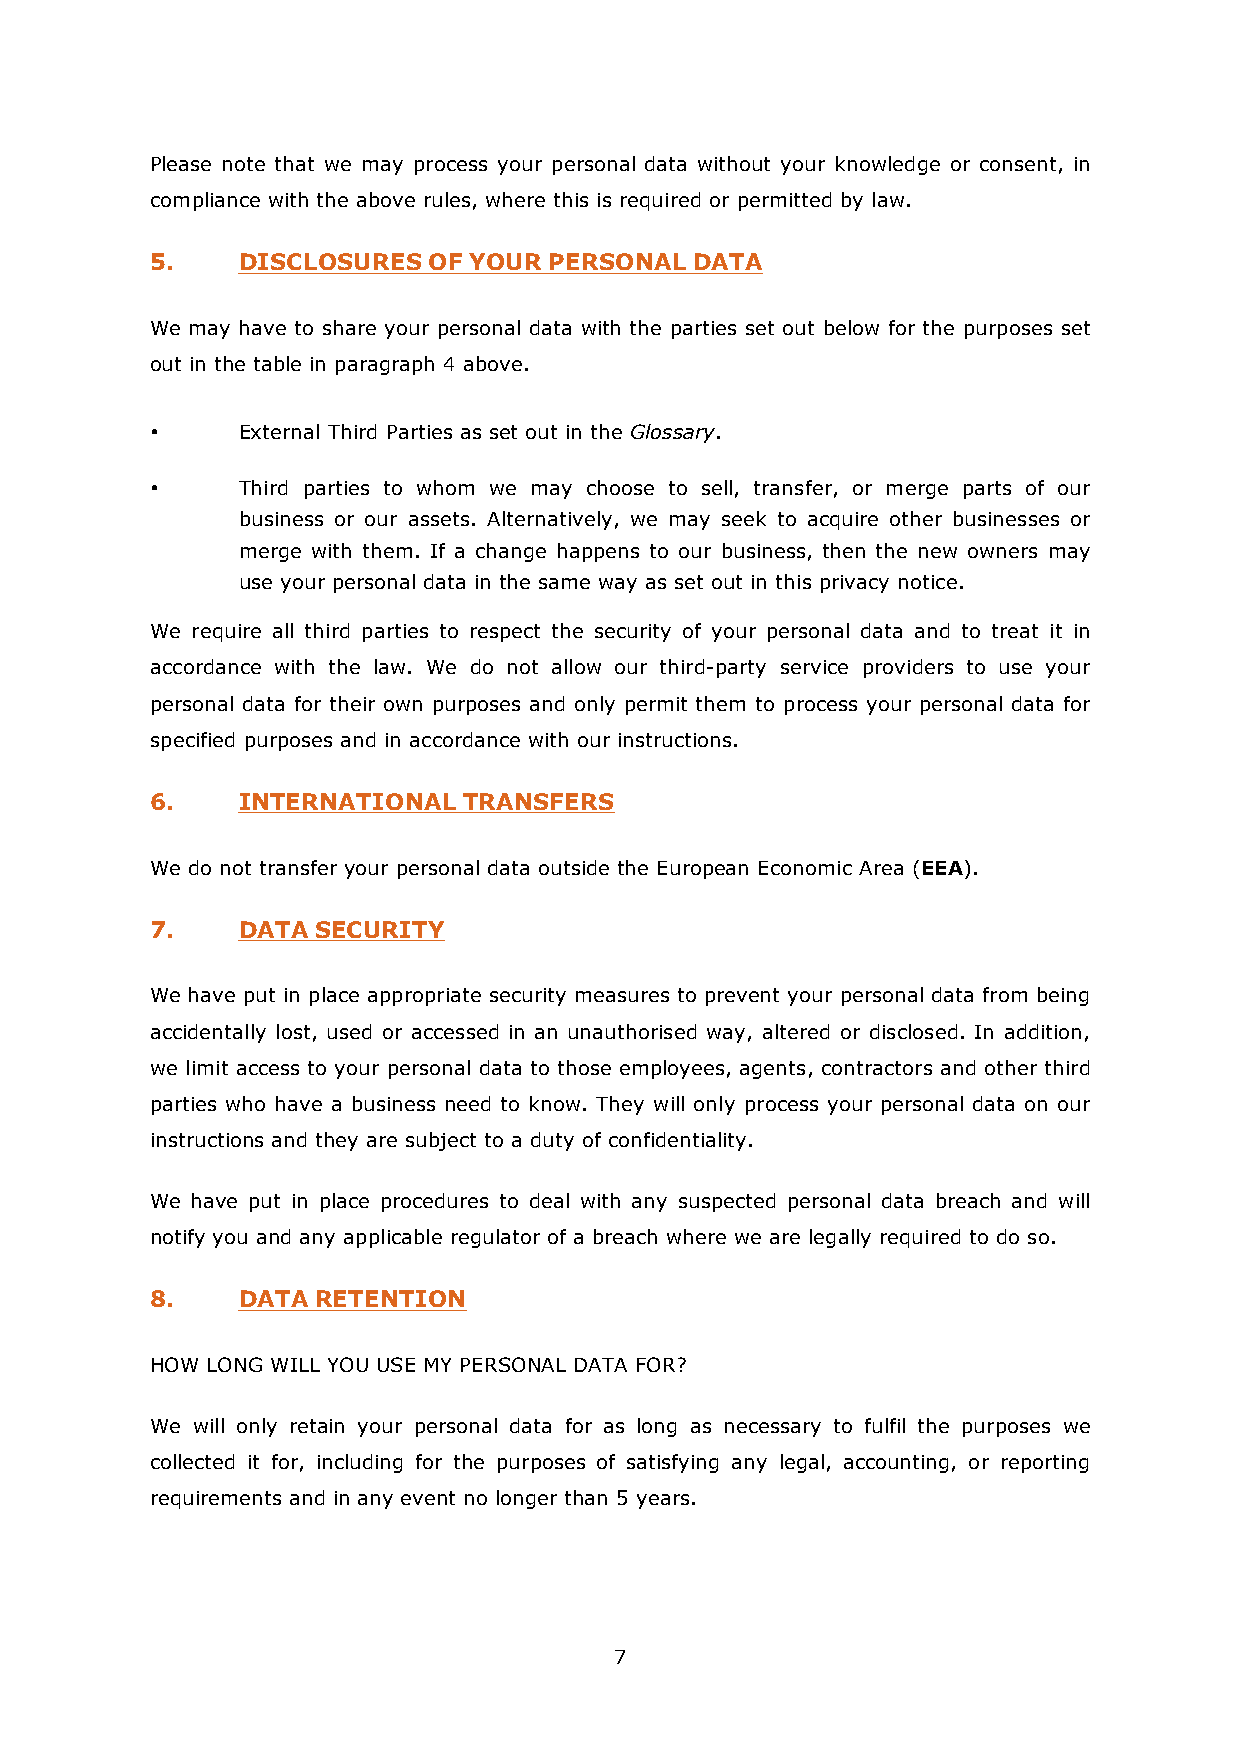
Please note that we may process your personal data without your knowledge or consent, in
 compliance with the above rules, where this is required or permitted by law.
 5.    DISCLOSURES OF YOUR PERSONAL  DATA
 We may have to share your personal data with the parties set out below for the purposes set
 out in the table in paragraph 4 above.
 •     External Third Parties as set out in the Glossary.
 •     Third parties to whom we may choose to sell, transfer, or merge parts of our
 business or our assets. Alternatively, we may seek to acquire other businesses or
 merge with them. If a change happens to our business, then the new owners may
 use your personal data in the same way as set out in this privacy notice.
 We require all third parties to respect the security of your personal data and to treat it in
 accordance with the law. We do not allow our third-party service providers to use your
 personal data for their own purposes and only permit them to process your personal data for
 specified purposes and in accordance with our instructions.
 6.    INTERNATIONAL  TRANSFERS
 We do not transfer your personal data outside the European Economic Area (EEA).
 7.    DATA SECURITY
 We have put in place appropriate security measures to prevent your personal data from being
 accidentally lost, used or accessed in an unauthorised way, altered or disclosed. In addition,
 we limit access to your personal data to those employees, agents, contractors and other third
 parties who have a business need to know. They will only process your personal data on our
 instructions and they are subject to a duty of confidentiality.
 We have put in place procedures to deal with any suspected personal data breach and will
 notify you and any applicable regulator of a breach where we are legally required to do so.
 8.    DATA RETENTION
 HOW LONG WILL YOU USE MY PERSONAL DATA FOR?
 We will only retain your personal data for as long as necessary to fulfil the purposes we
 collected it for, including for the purposes of satisfying any legal, accounting, or reporting
 requirements and in any event no longer than 5 years.
 7